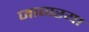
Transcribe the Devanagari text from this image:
जाणरया